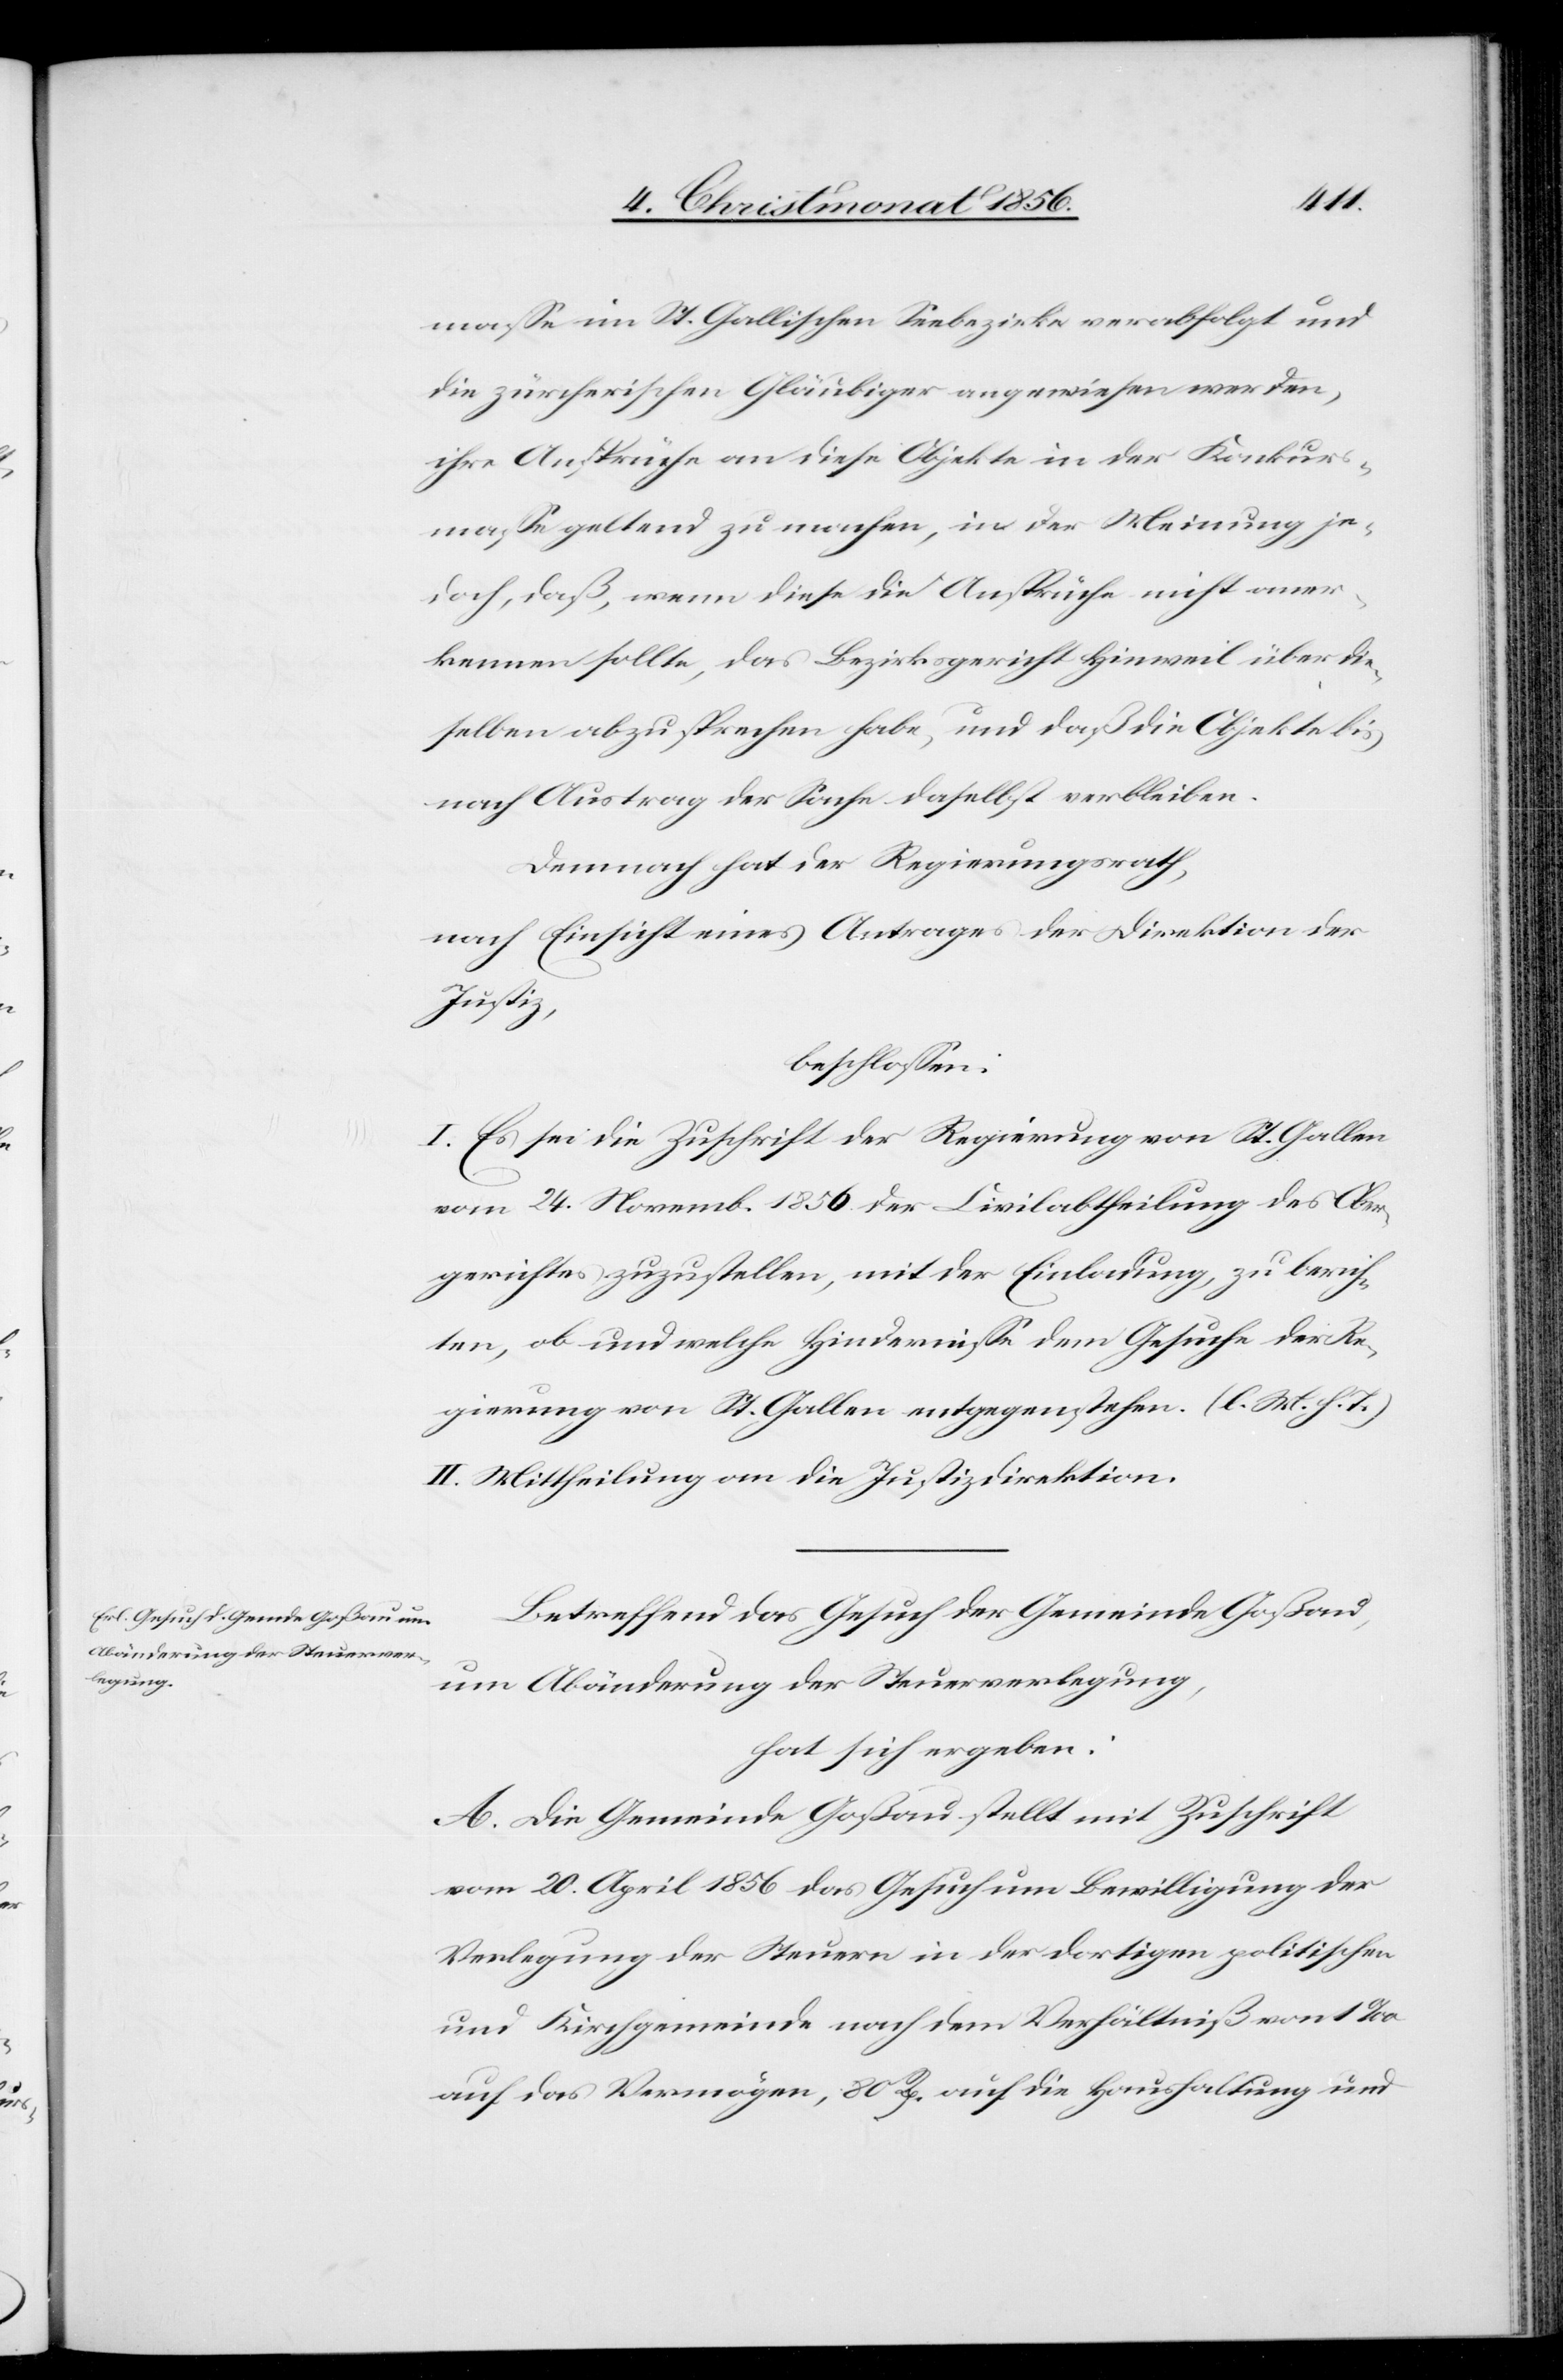
masse im St. Gallischen Seebezirke verabfolgt und
die zürcherischen Gläubiger angewiesen werden,
ihre Ansprüche an diese Objekte in der Konkurs¬
masse geltend zu machen, in der Meinung je¬
doch, daß, wenn diese die Ansprüche nicht aner¬
kennen sollte, das Bezirksgericht Hinweil über die¬
selben abzusprechen habe, und daß die Objekte bis
nach Austrag der Sache daselbst verbleiben.
Demnach hat der Regierungsrath,
nach Einsicht eines Antrages der Direktion der
Justiz,
beschlossen:
I. Es sei die Zuschrift der Regierung von St. Gallen
vom 24. Novemb. 1856 der Civilabtheilung des Ober¬
gerichtes zuzustellen, mit der Einladung, zu berich¬
ten, ob und welche Hindernisse dem Gesuche der Re¬
gierung von St. Gallen entgegenstehen. (l. M. h. T.)
II. Mittheilung an die Justizdirektion.
Betreffend das Gesuch der Gemeinde Goßau,
um Abänderung der Steuerverlegung,
hat sich ergeben:
A. Die Gemeinde Goßau stellt mit Zuschrift
vom 20. April 1856 das Gesuch um Bewilligung der
Verlegung der Steuern in der dortigen politischen
und Kirchgemeinde nach dem Verhältniß von 1‰
auf das Vermögen, 80 Rp. auf die Haushaltung und